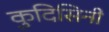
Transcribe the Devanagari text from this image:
कुदिसिनी